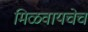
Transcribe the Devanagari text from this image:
मिळवायचेच